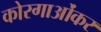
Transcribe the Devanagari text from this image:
कोरगाओंकर